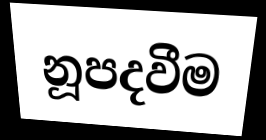
නූපදවීම